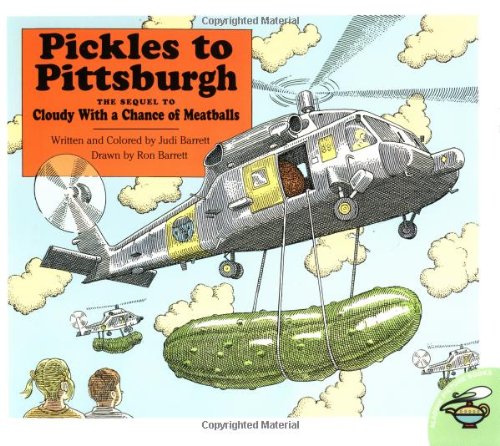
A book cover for Pickles To Pittsburgh; Judi Barrett; Children's Books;